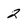
Character: 2